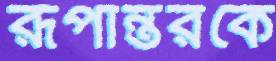
রূপান্তরকে